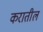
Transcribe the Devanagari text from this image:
करातील